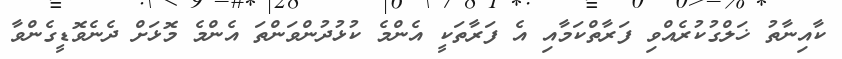
ކާއިނާތު ޚަލްގުކުރެއްވި ފަރާތްކަމާއި އެ ފަރާތަކީ އެންމެ ކުޅުދުންވަންތަ އެންމެ މޮޅަށް ދެނެވޮޑީގެންވާ